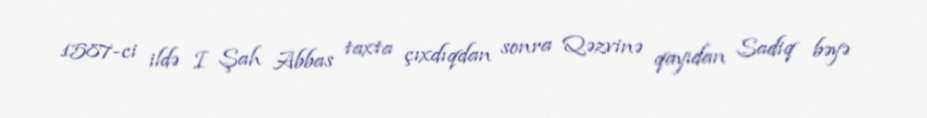
1587-ci ildə I Şah Abbas taxta çıxdıqdan sonra Qəzvinə qayıdan Sadiq bəyə